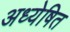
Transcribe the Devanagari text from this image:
अध्येषित